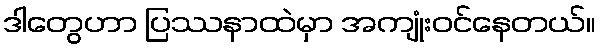
ဒါတွေဟာ ပြဿနာထဲမှာ အကျုံးဝင်နေတယ်။